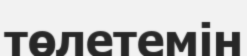
төлетемін